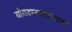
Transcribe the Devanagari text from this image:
योगदानकर्तागण्